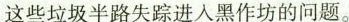
这些垃圾半路失踪进入黑作坊的问题。